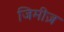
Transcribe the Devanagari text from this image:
जिमीज़